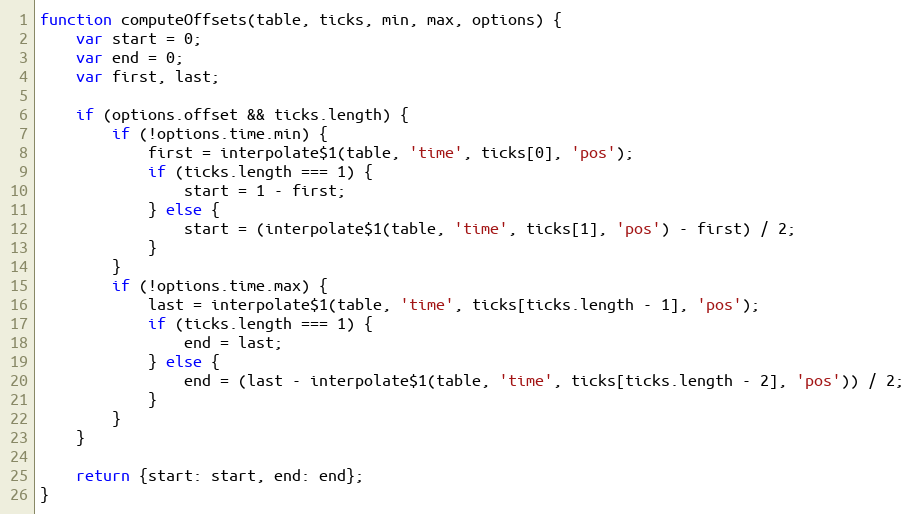
Language: JavaScript
function computeOffsets(table, ticks, min, max, options) {
	var start = 0;
	var end = 0;
	var first, last;

	if (options.offset && ticks.length) {
		if (!options.time.min) {
			first = interpolate$1(table, 'time', ticks[0], 'pos');
			if (ticks.length === 1) {
				start = 1 - first;
			} else {
				start = (interpolate$1(table, 'time', ticks[1], 'pos') - first) / 2;
			}
		}
		if (!options.time.max) {
			last = interpolate$1(table, 'time', ticks[ticks.length - 1], 'pos');
			if (ticks.length === 1) {
				end = last;
			} else {
				end = (last - interpolate$1(table, 'time', ticks[ticks.length - 2], 'pos')) / 2;
			}
		}
	}

	return {start: start, end: end};
}